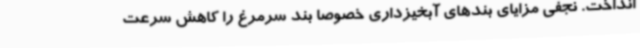
انداخت. نجفی مزایای بندهای آبخیزداری خصوصاً بند سرمرغ را کاهش سرعت